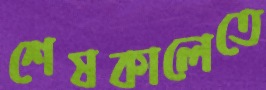
শেষকালেতে